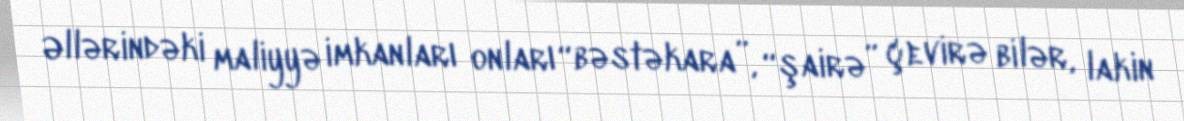
Əllərindəki maliyyə imkanları onları “bəstəkara”, “şairə” çevirə bilər, lakin